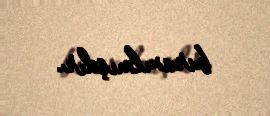
buraxılmışdır.